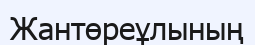
Жантөреұлының